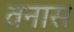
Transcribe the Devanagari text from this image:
वनास